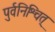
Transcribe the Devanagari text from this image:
पुर्वनिश्चित्